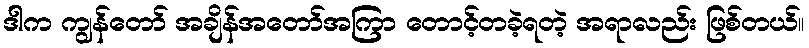
ဒါက ကျွန်တော် အချိန်အတော်အကြာ တောင့်တခဲ့ရတဲ့ အရာလည်း ဖြစ်တယ်။